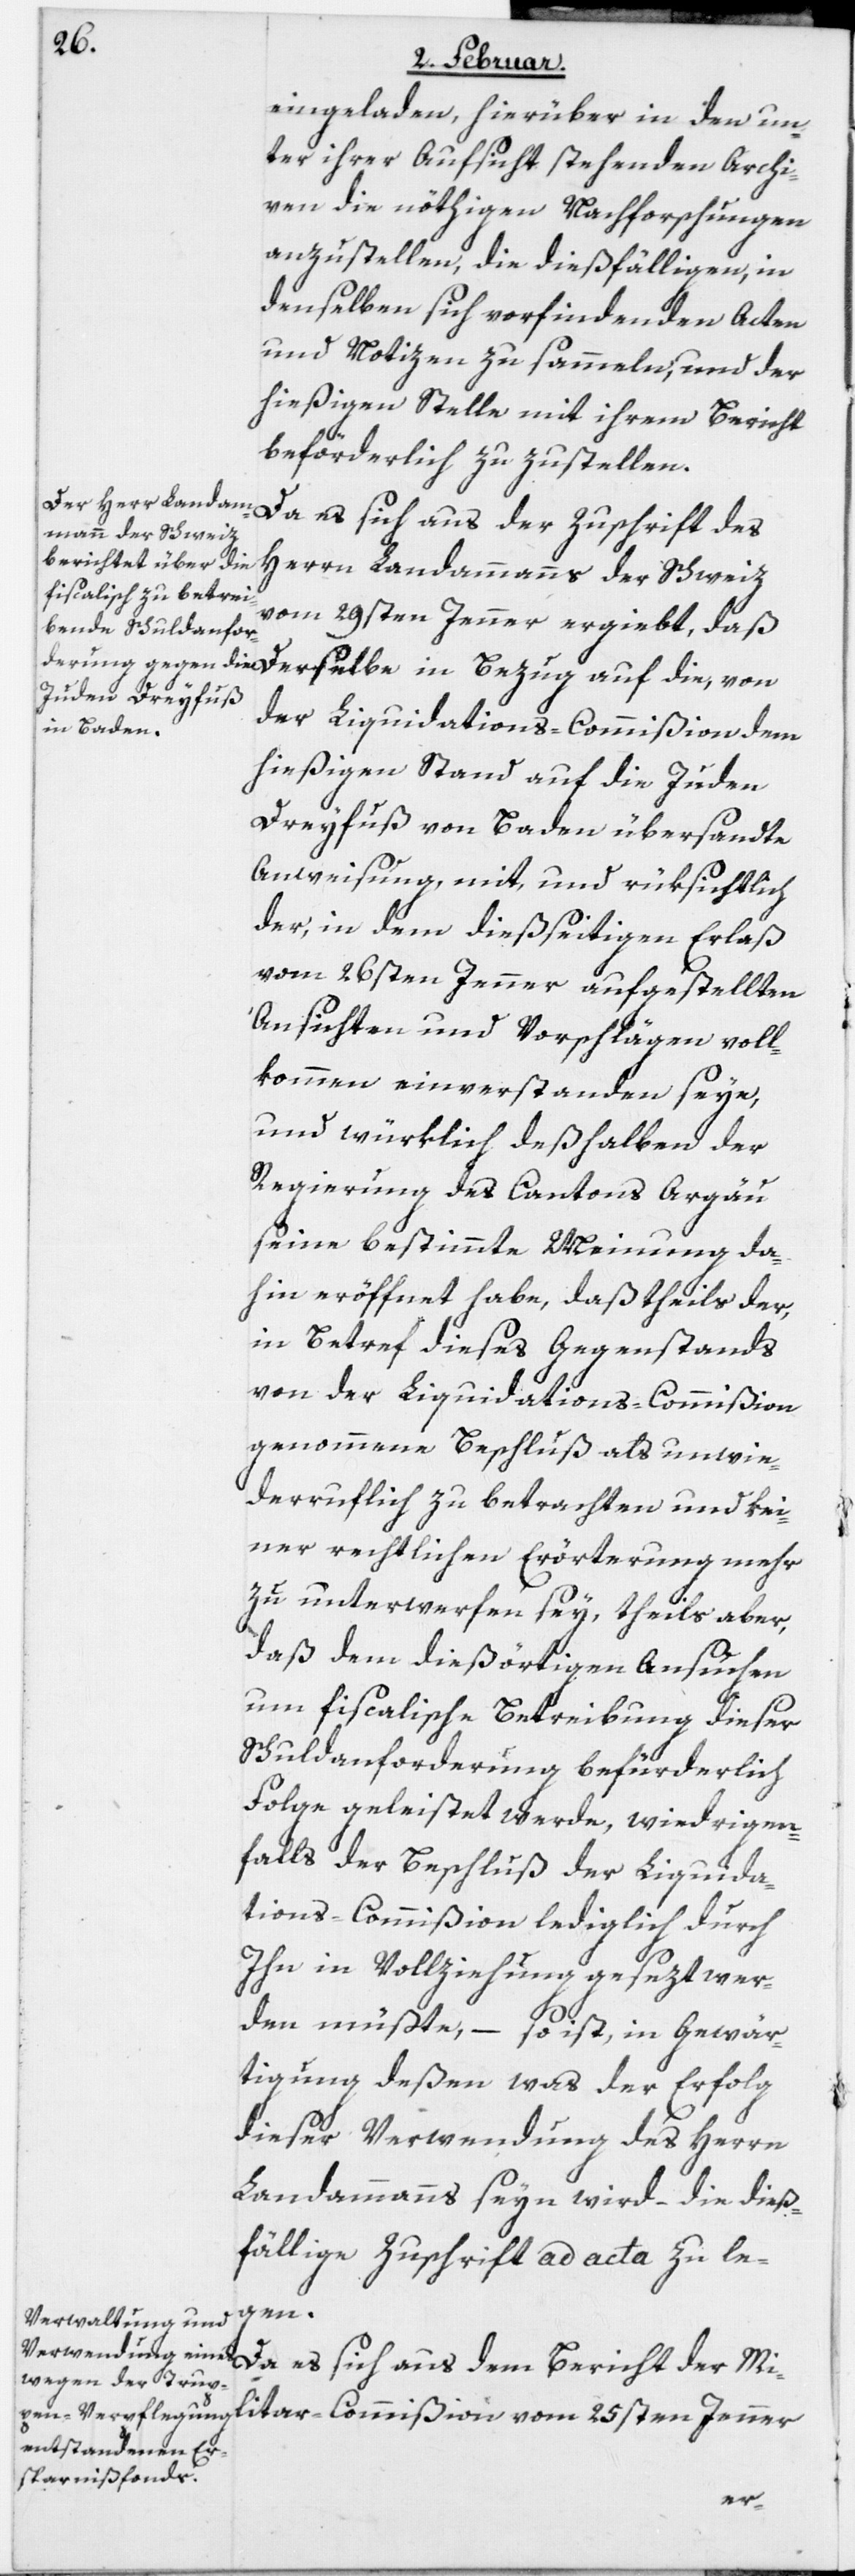
eingeladen, hierüber in den un¬
ter ihrer Aufsicht stehenden Archi¬
ven die nöthigen Nachforschungen
anzustellen, die dießfälligen, in
denselben sich vorfindenden Acten
und Notizen zu sammeln, und der
hießigen Stelle mit ihrem Bericht
beförderlich zuzustellen.
Da es sich aus der Zuschrift des
Herrn Landammanns der Schweiz
vom 29sten Jenner ergiebt, daß
der Liquidations-Commißion dem
hießigen Stand auf die Juden
Dreyfuß von Baden übersandte
Anweisung, mit, und rüksichtlich
der, in dem dießseitigen Erlaß
vom 26sten Jenner aufgestellten
Ansichten und Vorschlägen voll¬
kommen einverstanden seye,
und würklich deßhalben der
Regierung des Cantons Argäu
seine bestimmte Meynung da¬
hin eröffnet habe, daß theils der,
in Betref dieses Gegenstands
von der Liquidations-Commißion
genommene Beschluß als unwie¬
derruflich zu betrachten und kei¬
ner rechtlichen Erörterung mehr
zu unterwerfen sey, theils aber,
daß dem dießörtigen Ansuchen
um fiscalische Betreibung dieser
Schuldanforderung befürderlich
Folge geleistet werde, widrigen¬
falls der Beschluß der Liquida¬
tions-Commißion lediglich durch
Ihn in Vollziehung gesezt wer¬
den müßte, – so ist, in Gewär¬
tigung deßen was der Erfolg
dieser Verwendung des Herrn
Landammanns seyn wird, – die dieß¬
fällige Zuschrift ad acta zu le¬
gen.
Da es sich aus dem Bericht der Mi¬
litar-Commißion vom 25sten Jenner